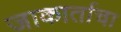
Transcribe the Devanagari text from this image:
जाकार्ताचा